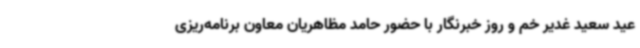
عید سعید غدیر خم و روز خبرنگار با حضور حامد مظاهریان معاون برنامه‌ریزی